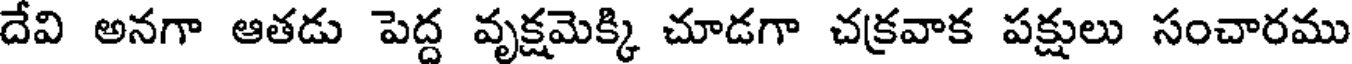
దేవి అనగా ఆతడు పెద్ద వృక్షమెక్కి చూడగా చక్రవాక పక్షులు సంచారము